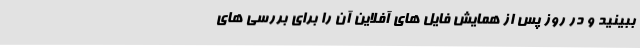
ببینید و در روز پس از همایش فایل های آفلاین آن را برای بررسی های